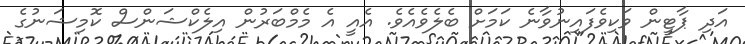
އަދި ޕާޓީން ވަކިވެފައިނުވާނެ ކަމަށް ބެލެވެއެވެ. އެއީ އެ މެމްބަރުން އިލެކްޝަންސް ކޮމިޝަނުގެ